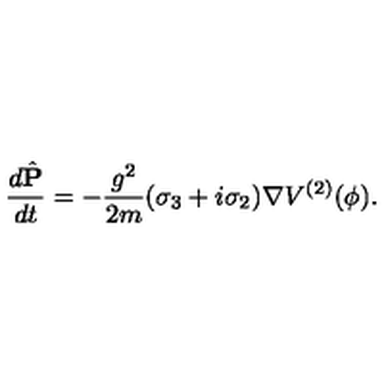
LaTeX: \frac { d \hat { { \mathbf P } } } { d t } = - \frac { g ^ { 2 } } { 2 m } ( \sigma _ { 3 } + i \sigma _ { 2 } ) { \mathbf \nabla } V ^ { ( 2 ) } ( \phi ) .